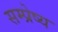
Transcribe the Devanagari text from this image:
सम्प्रेष्य